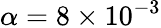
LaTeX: \alpha=8\times 10^{-3}